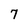
Character: 7